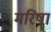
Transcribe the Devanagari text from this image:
मरिषा